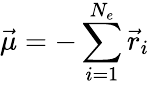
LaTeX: \vec{\mu}=-\sum_{i=1}^{N_{e}}\vec{r}_{i}